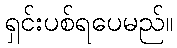
ရှင်းပစ်ရပေမည်။